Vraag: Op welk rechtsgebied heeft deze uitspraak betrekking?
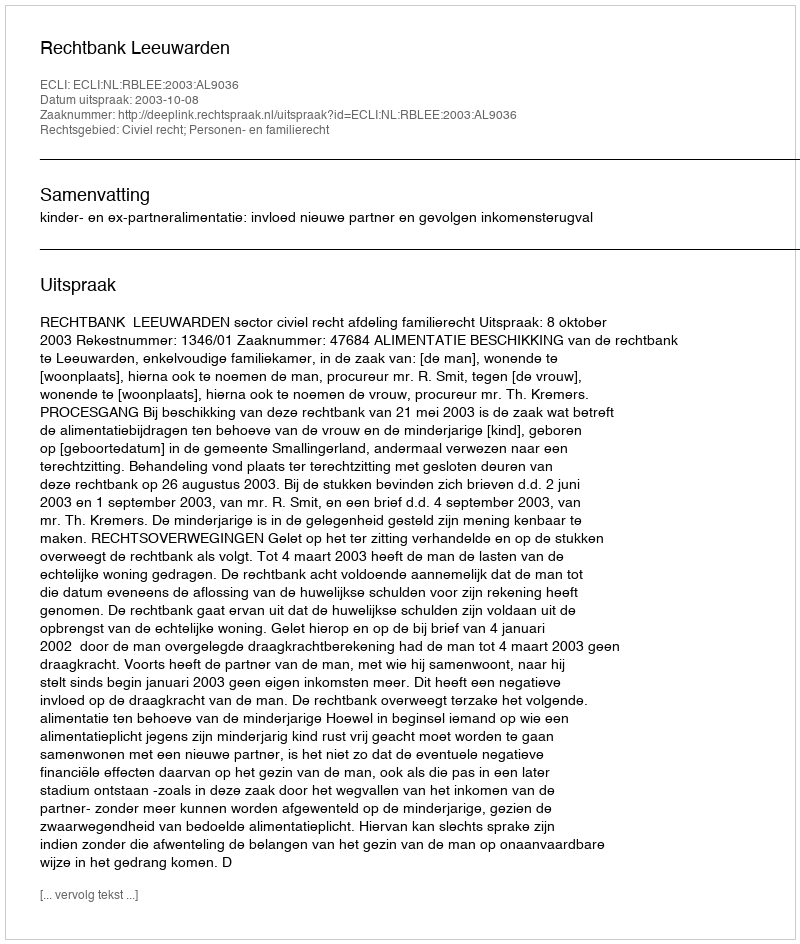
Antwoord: Civiel recht; Personen- en familierecht